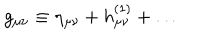
g _ { \mu \nu } \equiv \eta _ { \mu \nu } + h _ { \mu \nu } ^ { ( 1 ) } + \ldots